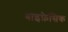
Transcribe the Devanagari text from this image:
बाइफ़ेसिक